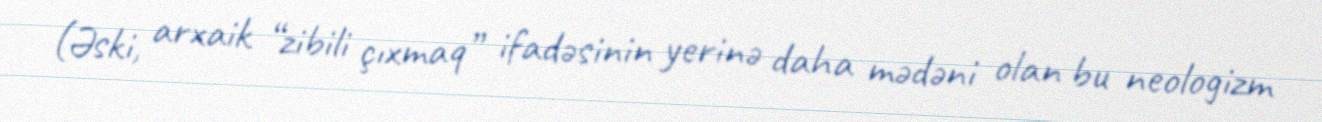
(Əski, arxaik “zibili çıxmaq” ifadəsinin yerinə daha mədəni olan bu neologizm